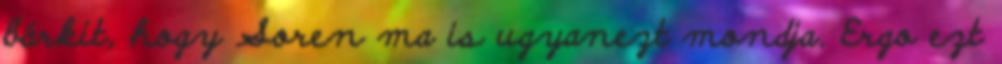
bárkit, hogy Soren ma is ugyanezt mondja. Ergo ezt